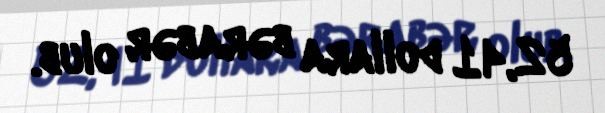
52,41 dollara bərabər olub.